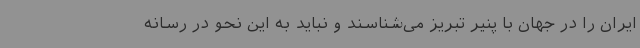
ایران را در جهان با پنیر تبریز می‌شناسند و نباید به این نحو در رسانه